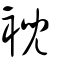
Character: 䘽